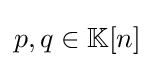
{\textstyle p,q\in \mathbb {K} [n]}